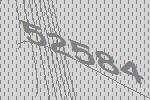
52584